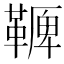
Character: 𩌛